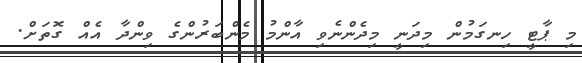
މި ޕާޓީ ހިނގަމުން މިދަނީ މިދެންނެވި އާންމު މެންބަރުންގެ ވިންދާ އެއް ގޮތަށް.